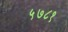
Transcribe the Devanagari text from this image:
५७८१